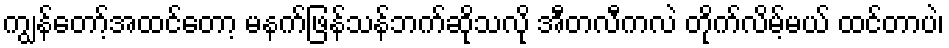
ကျွန်တော့်အထင်တော့ မနက်ဖြန်သန်ဘက်ဆိုသလို အီတလီကလဲ တိုက်လိမ့်မယ် ထင်တာပဲ၊